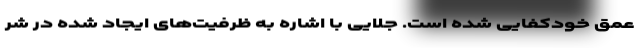
عمق خودکفایی شده است. جلایی با اشاره به ظرفیت‌های ایجاد شده در شر